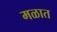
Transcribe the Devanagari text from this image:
मळात